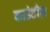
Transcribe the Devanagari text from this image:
काउंटीज़